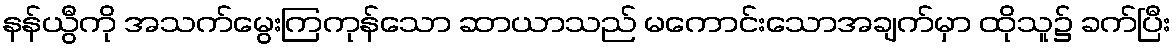
နန်ယွီကို အသက်မွေးကြကုန်သော ဆာယာသည် မကောင်းသောအချက်မှာ ထိုသူ၌ ခက်ပြီး